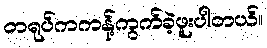
တရုပ်ကကန့်ကွက်ခဲ့ဖူးပါတယ်။